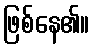
ဖြစ်နေ၏။